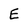
Character: E